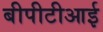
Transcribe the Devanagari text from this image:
बीपीटीआई